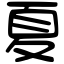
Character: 夏